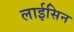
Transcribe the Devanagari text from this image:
लाईसिन